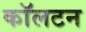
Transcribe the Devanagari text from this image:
काॅलटन